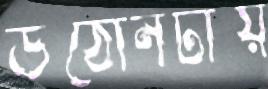
উঠোনটায়